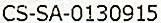
CS-SA-0130915